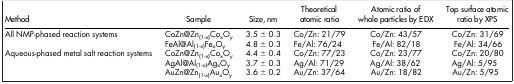
<table><thead><tr><td><b>Method</b></td><td><b>Sample</b></td><td><b>Size, nm</b></td><td><b>Theoretical atomic ratio</b></td><td><b>Atomic ratio of whole particles by EDX</b></td><td><b>Top surface atomic ratio by XPS</b></td></tr></thead><tbody><tr><td>All NMP-phased reaction systems</td><td>CoZn@Zn<sub>(1-x)</sub>Co<sub>x</sub>O<sub>y</sub></td><td>3.5 ± 0.3</td><td>Co/Zn: 21/79</td><td>Co/Zn: 43/57</td><td>Co/Zn: 31/69</td></tr><tr><td> </td><td>FeAl@Al<sub>(1-x)</sub>Fe<sub>x</sub>O<sub>y</sub></td><td>4.8 ± 0.3</td><td>Fe/Al: 76/24</td><td>Fe/Al: 82/18</td><td>Fe/Al: 34/66</td></tr><tr><td>Aqueous-phased metal salt reaction systems</td><td>CoZn@Zn<sub>(1-x)</sub>Co<sub>x</sub>O<sub>y</sub></td><td>4.4 ± 0.4</td><td>Co/Zn: 77/23</td><td>Co/Zn: 23/77</td><td>Co/Zn: 20/80</td></tr><tr><td> </td><td>AgAl@Al<sub>(1-x)</sub>Ag<sub>x</sub>O<sub>y</sub></td><td>3.7 ± 0.3</td><td>Ag/Al: 71/29</td><td>Ag/Al: 38/62</td><td>Ag/Al: 5/95</td></tr><tr><td> </td><td>AuZn@Zn<sub>(1-x)</sub>Au<sub>x</sub>O<sub>y</sub></td><td>3.6 ± 0.2</td><td>Au/Zn: 37/64</td><td>Au/Zn: 18/82</td><td>Au/Zn: 5/95</td></tr></tbody></table>